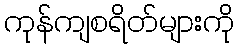
ကုန်ကျစရိတ်များကို